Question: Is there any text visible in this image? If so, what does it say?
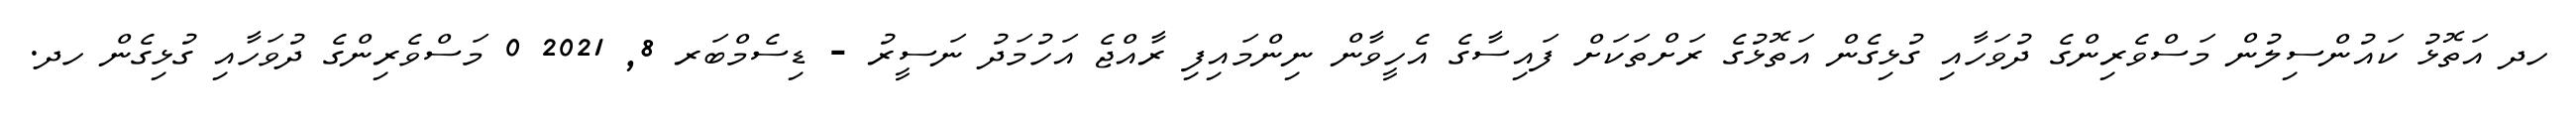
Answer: ހދ އަތޮޅު ކައުންސިލުން މަސްވެރިންގެ ދުވަހާއި ގުޅިގެން އަތޮޅުގެ ރަށްތަކަށް ފައިސާގެ އެހީވާން ނިންމައިފި ރާއްޖެ އަހުމަދު ނަސީރު - ޑިސެމްބަރ 8, 2021 0 މަސްވެރިންގެ ދުވަހާއި ގުޅިގެން ހދ.